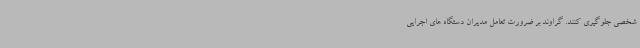
شخصی جلوگیری کنند. گراوند بر ضرورت تعامل مدیران دستگاه های اجرایی